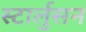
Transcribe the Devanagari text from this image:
स्टार्लुसन